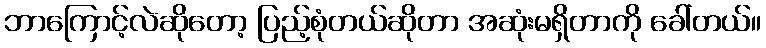
ဘာကြောင့်လဲဆိုတော့ ပြည့်စုံတယ်ဆိုတာ အဆုံးမရှိတာကို ခေါ်တယ်။